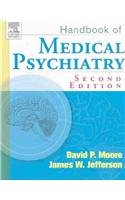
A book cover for Handbook of Medical Psychiatry, 2e; David Moore; Medical Books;